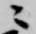
ニ